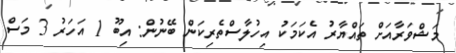
މަޝްވަރާއަށް ތައްޔާރު އެކަމަކު އިހުލާސްތެރިކަން ބޭނުން: އިބޫ 1 އަހަރު 3 މަސް